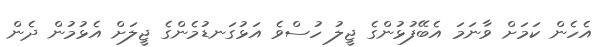
އެހެން ކަމަށް ވާނަމަ އެބޭފުޅުންގެ ޖީލު ހުސްވެ އަޅުގަނޑުމެންގެ ޖީލަށް އެޅުމުން ދެން